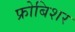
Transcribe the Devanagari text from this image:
फ्रोबिशर